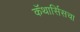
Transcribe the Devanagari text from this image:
कॅथार्सिसचा